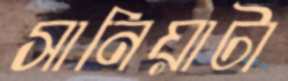
সানিয়াটা